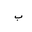
Letter: _ba